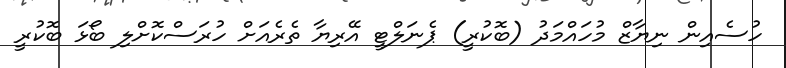
ހުސެއިން ނިޔާޒް މުހައްމަދު (ބޮކުރީ) ޕެނަލްޓީ އޭރިޔާ ތެރެއަށް ހުރަސްކޮށްލި ބޯޅަ ބޮކުރީ